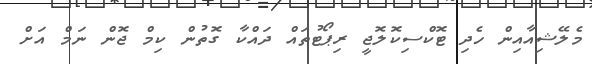
މެލޭޝިއާއިން ހެދި ޓޮކްސިކޮލޮޖީ ރިޕޯޓުތައް ދައްކާ ގޮތުން ކިމް ޖޮން ނަމް އަށް